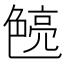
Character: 𮎝